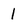
Character: l